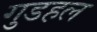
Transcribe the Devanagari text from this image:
गुडहल